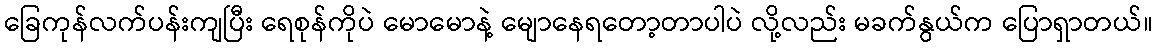
ခြေကုန်လက်ပန်းကျပြီး ရေစုန်ကိုပဲ မောမောနဲ့ မျောနေရတော့တာပါပဲ လို့လည်း မခက်နွယ်က ပြောရှာတယ်။